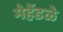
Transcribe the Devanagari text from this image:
मेहेंडळे